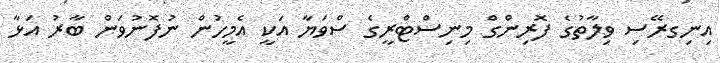
އިނިގރޭސި ވިލާތުގެ ފޮރިންގް މިނިސްޓްރީގެ ސްވަޔާ އަކީ އެމީހުން ނުފޮނުވަން ބާރު އަޅާ